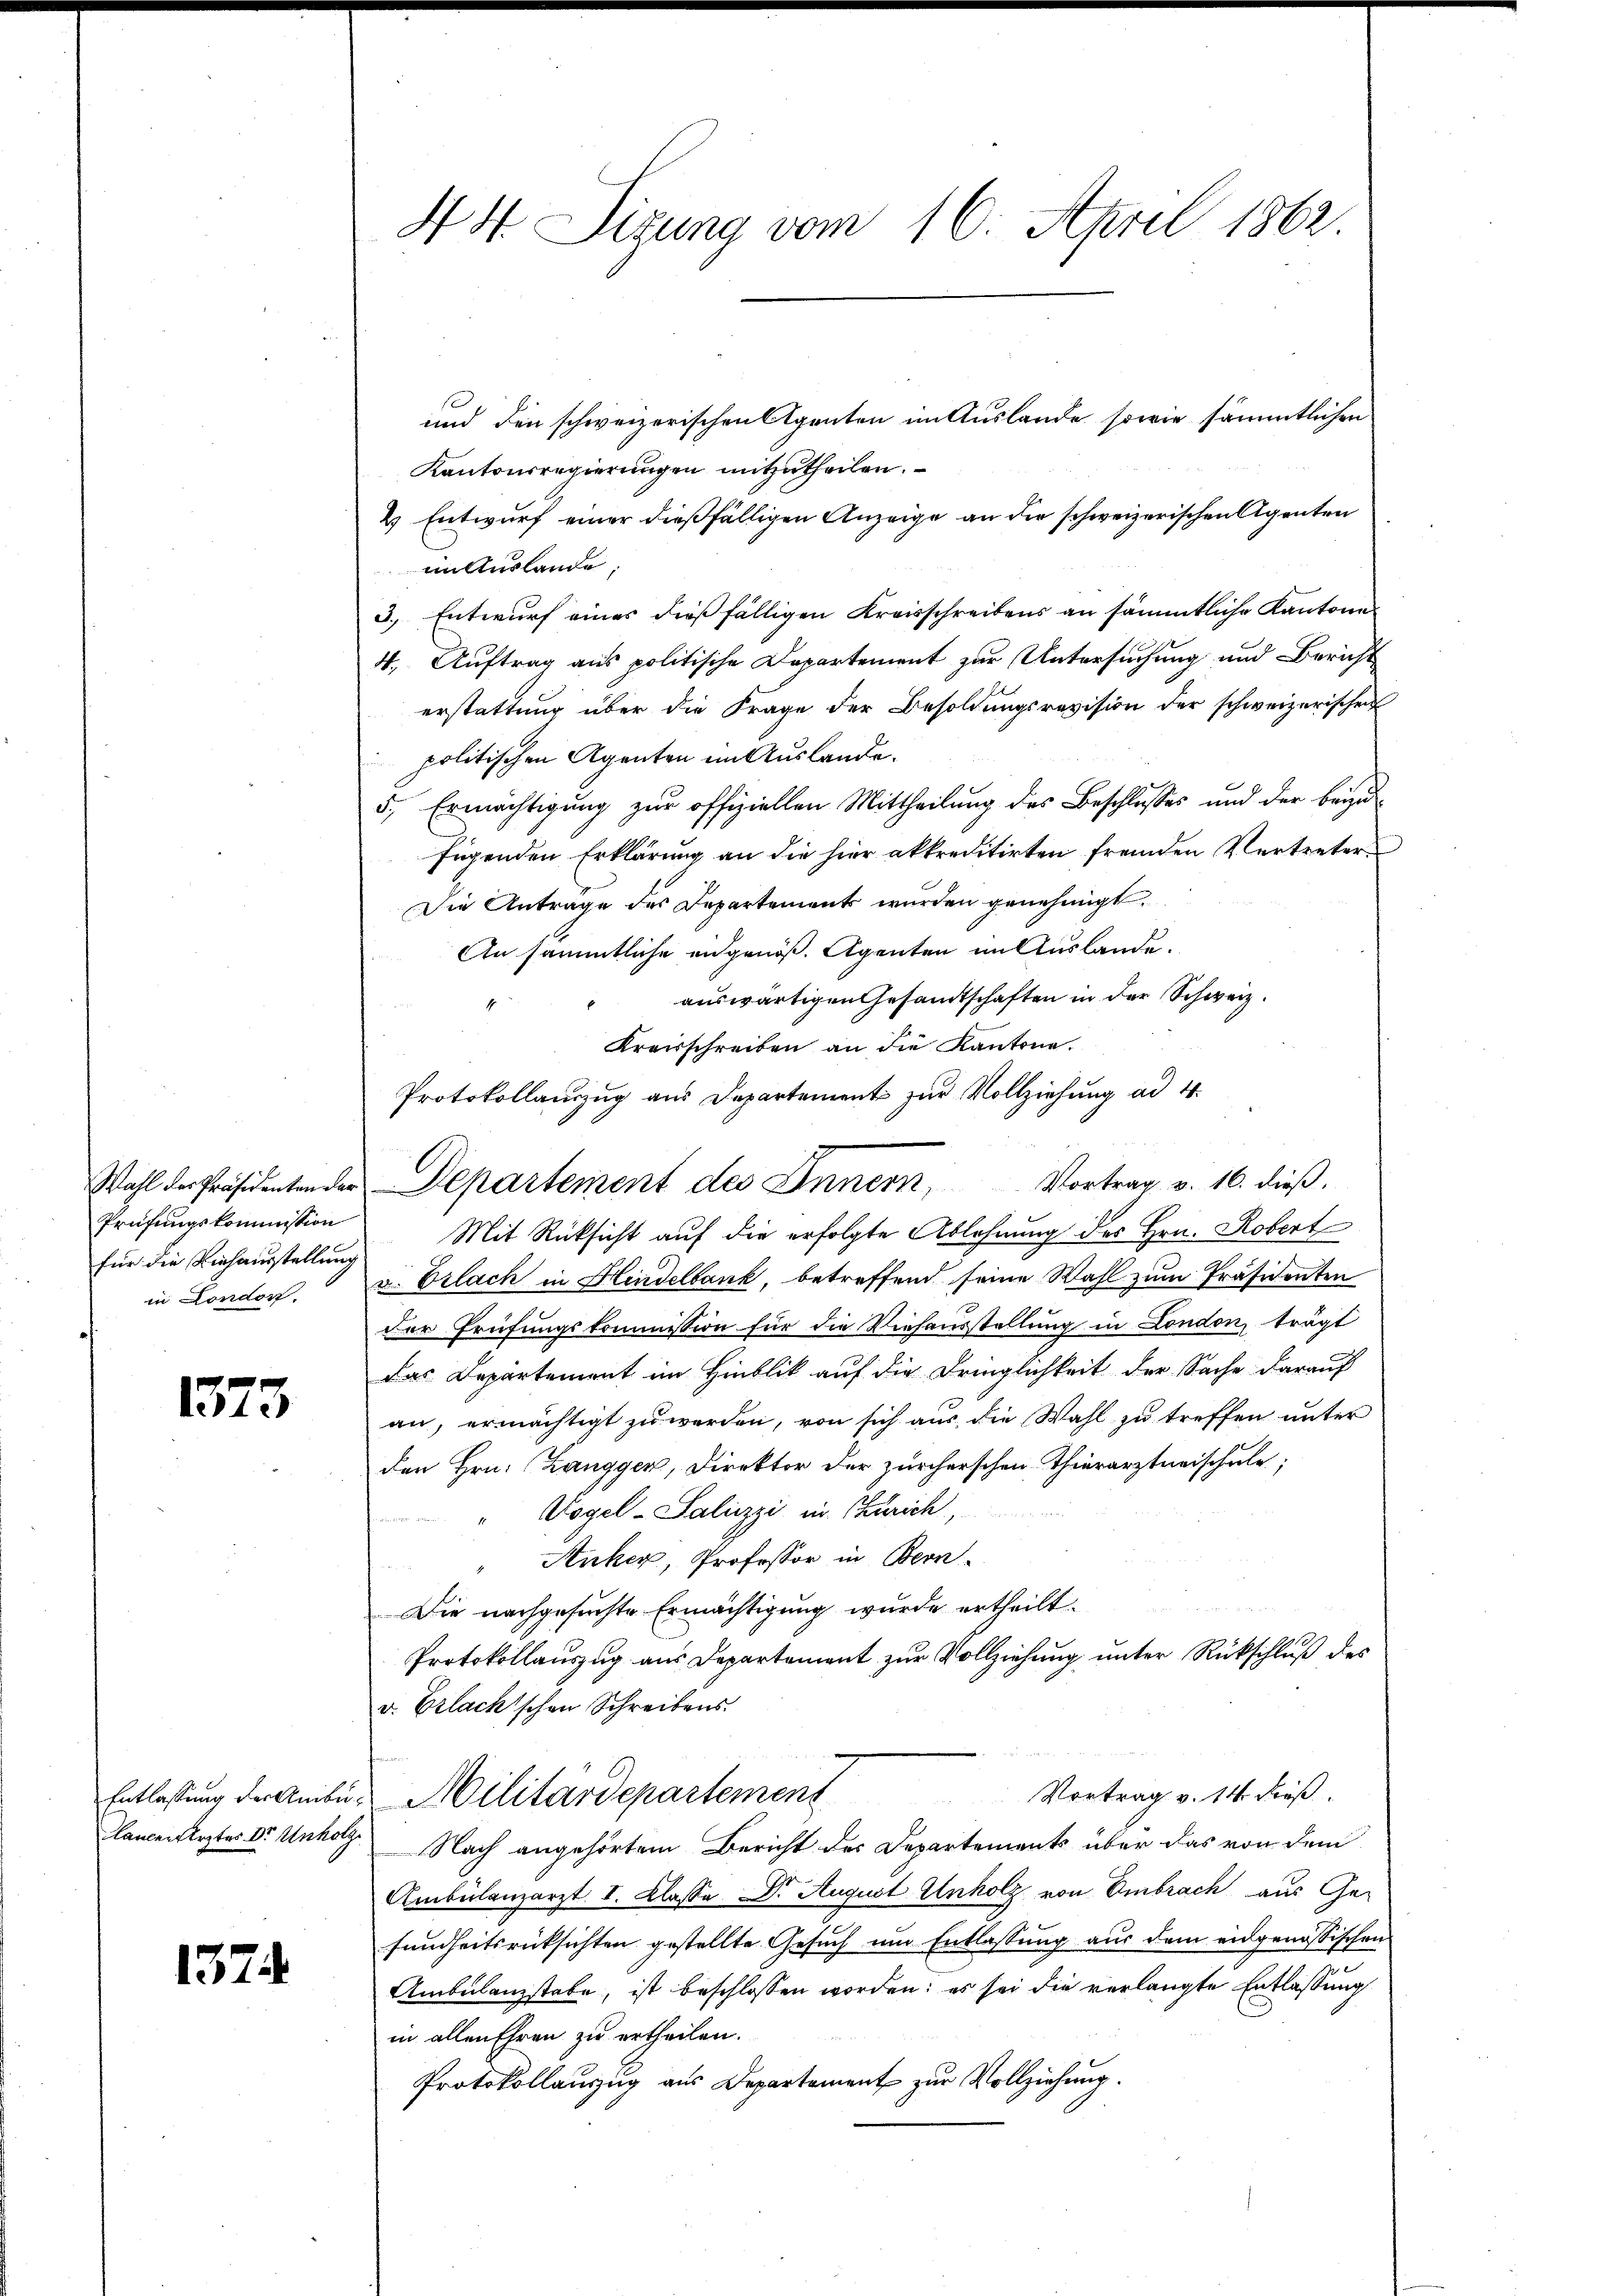
Prüfungskommission
für die Viehausstellung
in Londor

1373

1574

44 Sizung vom 16. April 1862.

und den schweizerischen Agenten im Auslande sowie sämmtlichen
Kantonsregierungen mitzutheilen.
2 Entwurf einer dießfälligen Anzeige an die schweizerischen Agenten
in Auslande,
3.) Entwurf eines dießfälligen Kreisschreibens an sämmtliche Kantone
4. Auftrag aus politische Departement zur Untersuchung und Bericht
erstattung über die Frage der Besoldungsrevision der schweizerischen
politischen Agenten im Auslande.
5., Ermächtigung zur offiziellen Mittheilung des Beschlusses und der beizufügenden Erklärung an die hier akkreditirten fremden Vertreter¬
Die Antrage des Departement wurden genehmigt.
An sämmtliche eidgenöß. Agenten in Auslande.
auswärtigen Gesandtschaften in der Schweiz.
Kreisschreiben an die Kantone.
Protokollauszug aus Departement zur Vollziehung ad 4.
Wahl der Präsidenten der Departement des Innern, Vortrag v. 16. dieβ.
Mit Rücksicht auf die erfolgte Ablehnung des Hrn. Robert
v. Vrlach in Hindelbank, betreffend seine Wahl zum Präsidenten
der Prüfungskommission für die Viehausstellung in London, trägt
das Departement im Hinblik auf die Dringlichkeit der Sache darauf
an, ermächtigt zu werden, von sich aus die Wahl zu treffen unter
den Hrn. Langger, Direktor der zürcherschen Thierarztneischule,
Vogel-Saliczzi in Zürich,
Anker, Professor in Bern
Die nachgesuchte Ermächtigung wurde ertheilt.
Protokollauszug aus Departement zur Vollziehung unter Rückschluß des
v. Vrlackischen Schreibens.
Vortrag v. 14 dieß.
Entlassung der Amber Militärdepartement
lances lezter Dr. Unholz. Nach angehörtem Bericht des Departements über das von dem
Ambulanzarzt. I. Klasse Dr. August Unholz von Embrach aus Ge-
sundheitsrücksichten gestellte Gesuch um Entlassung aus dem eidgenössischen
Ambulanzstabe, ist beschlossen worden; es sei die verlangte Entlassung
in allen Ehren zu ertheilen.
Protokollanzug aus Departement zur Vollziehung.